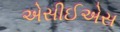
એસીઈએસ